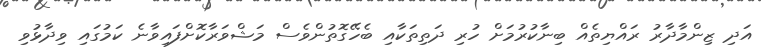
އަދި ޒިންމާދާރު ރައްޔިތެއް ބިނާކުރުމަށް ހުރި ދަތިތަކާއި ބެހޭގޮތުންވެސް މަޝްވަރާކޮށްފައިވާނެ ކަމުގައި ވިދާޅުވި